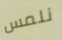
نلمس